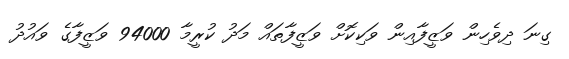
ގިނަ ދިވެހިން ވަޒީފާއިން ވަކިކޮށް ވަޒީފާތައް މަދު ކުރީމާ 94000 ވަޒީފާގެ ވައުދު